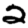
Digit: 2